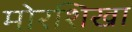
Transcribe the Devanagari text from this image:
मोरशिखा